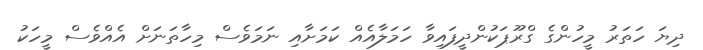
ދިޔަ ހަތަރު މީހުންގެ ގްރޫޕަކުންދީފައިވާ ހަމަލާއެއް ކަމަށާއި ނަމަވެސް މިހާތަނަށް އެއްވެސް މީހަކު